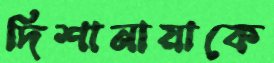
দিশানায়াকে